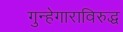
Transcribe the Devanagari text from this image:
गुन्हेगाराविरुद्ध